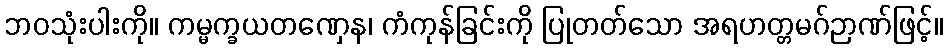
ဘဝသုံးပါးကို။ ကမ္မက္ခယတဏှေန၊ ကံကုန်ခြင်းကို ပြုတတ်သော အရဟတ္တမဂ်ဉာဏ်ဖြင့်။